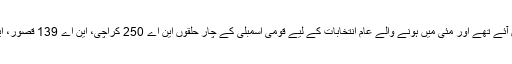
پرویز مشرف گزشتہ ماہ اپنی چار سالہ خودساختہ جلاوطنی ختم کرکے پاکستان واپس آئے تھے اور مئی میں ہونے والے عام انتخابات کے لیے قومی اسمبلی کے چار حلقوں این اے 250 کراچی، این اے 139 قصور، این اے 48 اسلام آباد اور این اے 32 چترال سے کاغذات نامزدگی جمع کروائے تھے۔